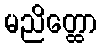
မညိတ္ထော